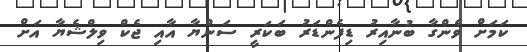
ކަމަށް ވެންގާ ބުނާއިރު ޑިފެންޑަރު ބަކަރީ ސަންޔާ އާއި ޖެކް ވިލްޝެޔާ އަށް